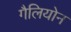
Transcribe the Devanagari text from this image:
गैलियोन